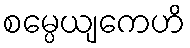
စမ္ပေယျကေဟိ